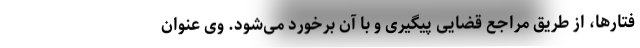
فتارها، از طریق مراجع قضایی پیگیری و با آن برخورد می‌شود. وی عنوان